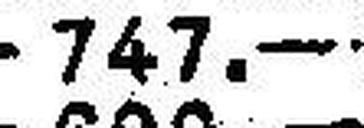
747.—